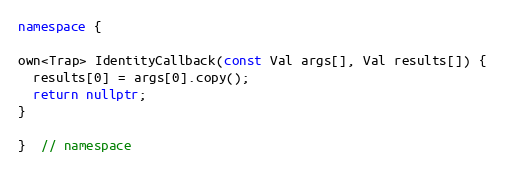
Language: C++
namespace {

own<Trap> IdentityCallback(const Val args[], Val results[]) {
  results[0] = args[0].copy();
  return nullptr;
}

}  // namespace